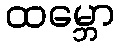
ထမ္ဘော